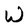
Character: W